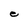
Character: e